Source: Handwritten
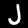
Digit: ၂ (2)